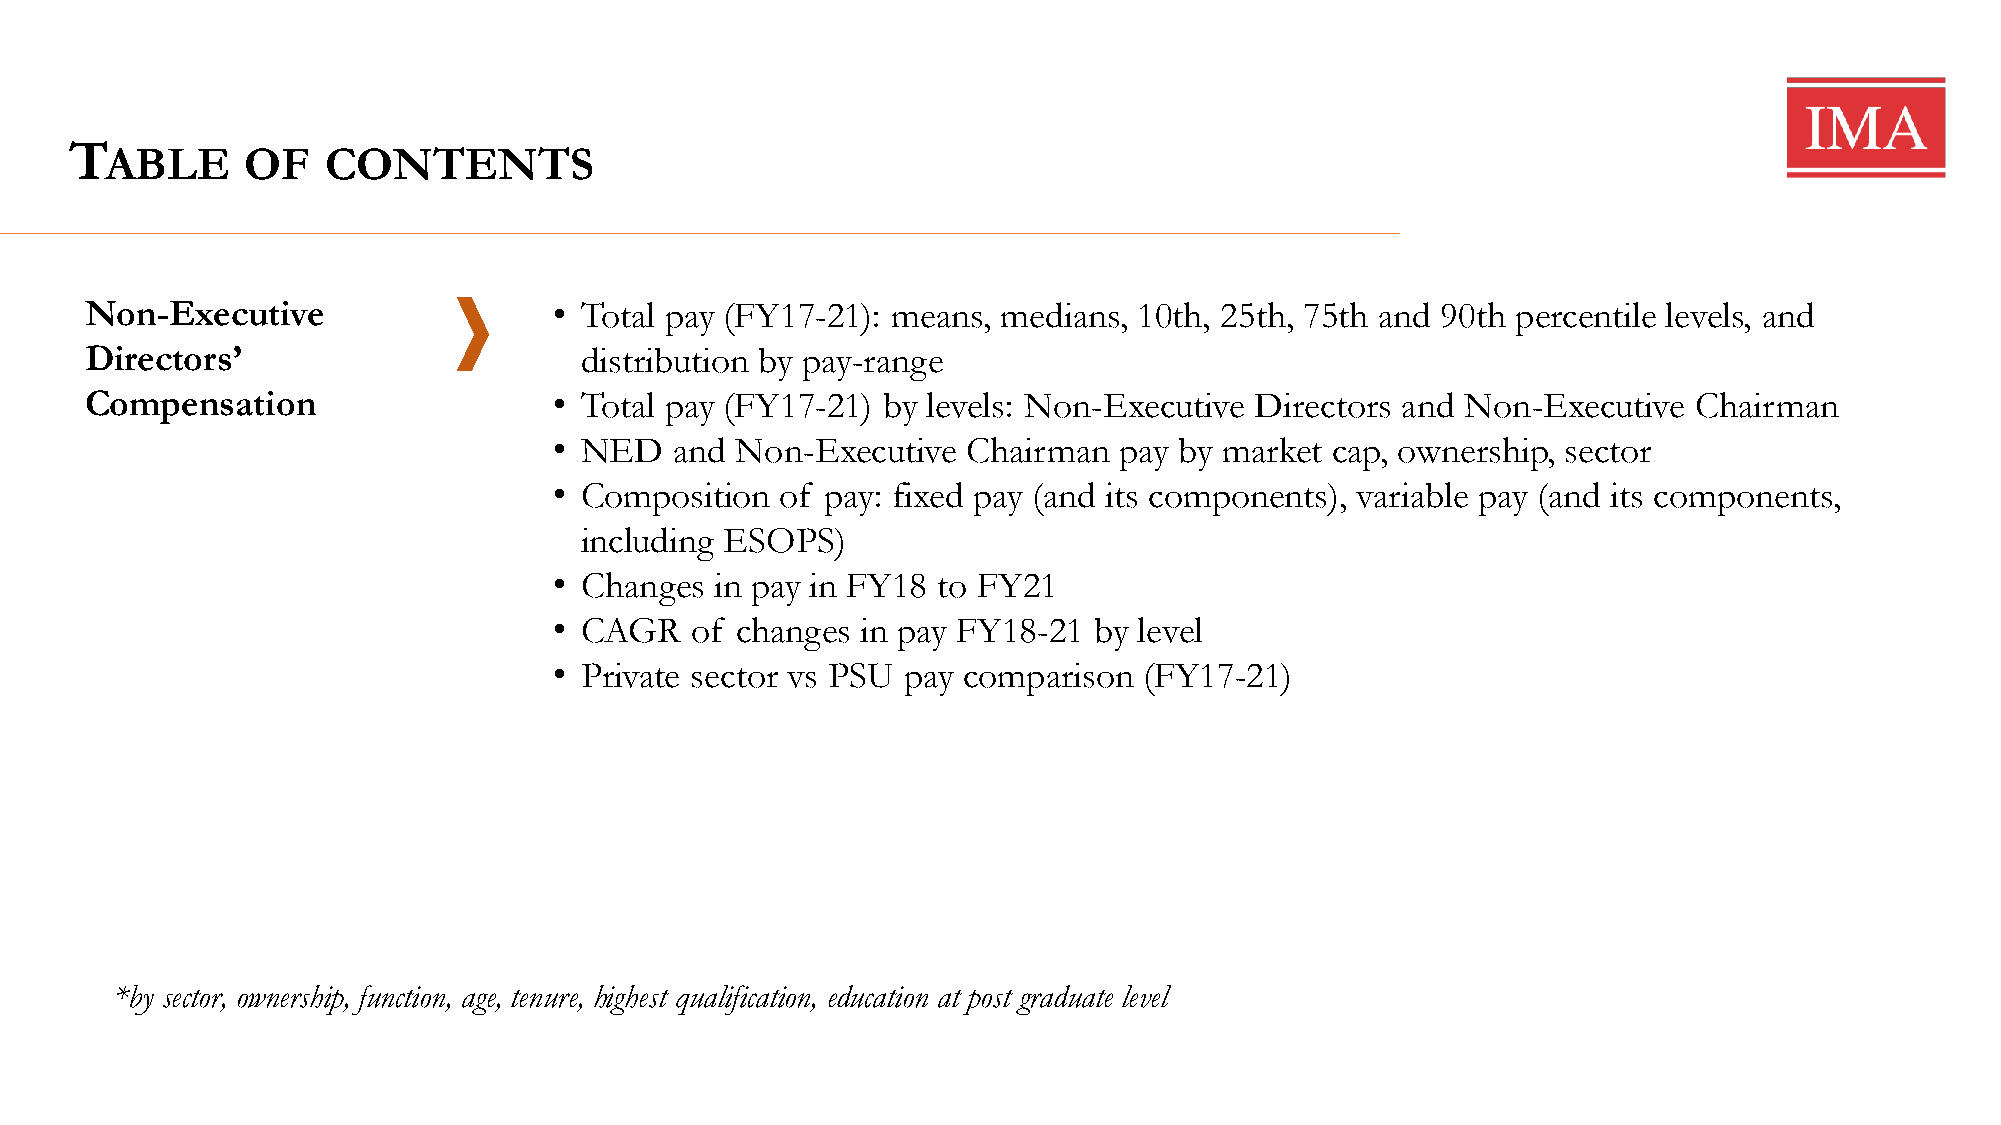
T
 ABLE     OF   CONTENTS
 Non-Executive                  • Total pay (FY17-21): means, medians, 10th, 25th, 75th and 90th percentile levels, and
 Directors’                      distribution by pay-range
 Compensation                   • Total pay (FY17-21) by levels: Non-Executive Directors and Non-Executive Chairman
 • NED   and Non-Executive  Chairman  pay by market cap, ownership, sector
 • Composition  of pay: fixed pay (and its components), variable pay (and its components,
 including ESOPS)
 • Changes in pay in FY18 to FY21
 • CAGR   of changes in pay FY18-21 by level
 • Private sector vs PSU pay comparison (FY17-21)
 *by sector, ownership, function, age, tenure, highest qualification, education at post graduate level